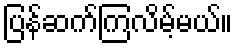
ပြန်ဆက်ကြလိမ့်မယ်။